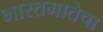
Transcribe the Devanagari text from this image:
भारतमातेचा